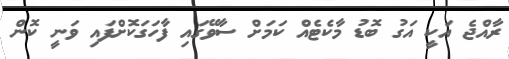
ރާއްޖެ އަކީ އަގު ބޮޑު މާކެޓެއް ކަމަށް ސާވޭގައި ފާހަގަކޮށްފައި ވަނީ ކޮން